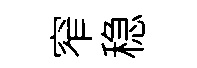
窄稳